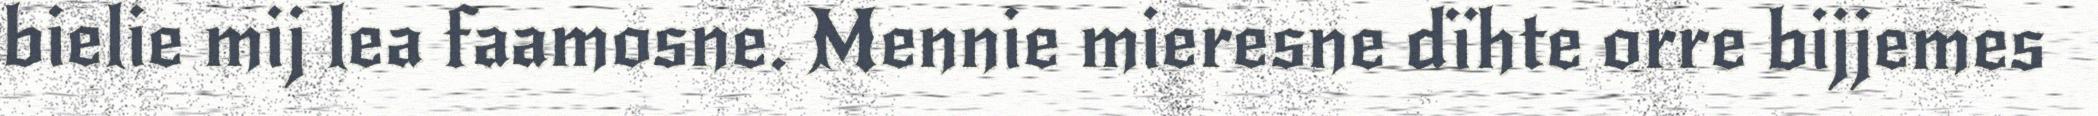
bielie mij lea faamosne. Mennie mieresne dïhte orre bijjemes